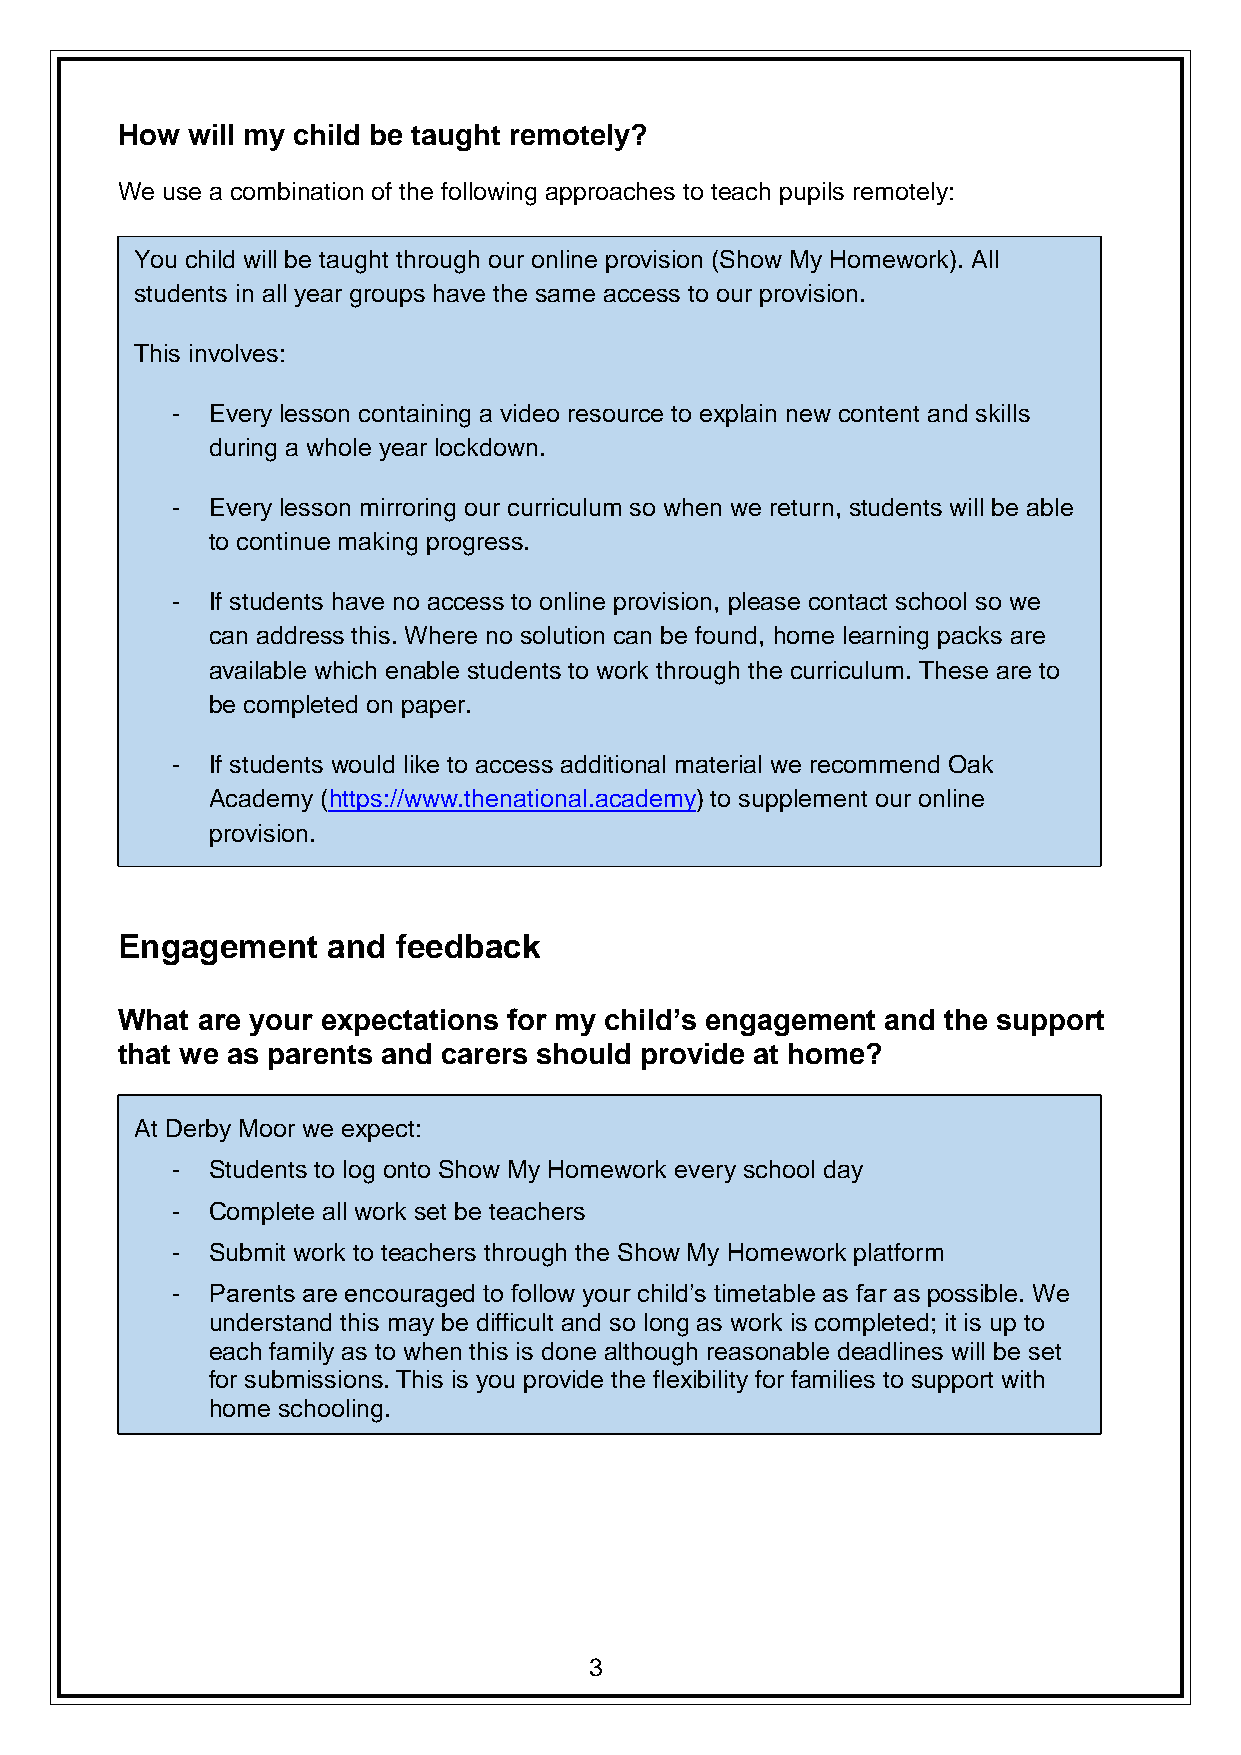
How will my child be taught remotely?
 We use a combination of the following approaches to teach pupils remotely:
 You child will be taught through our online provision (Show My Homework). All
 students in all year groups have the same access to our provision.
 This involves:
 -  Every lesson containing a video resource to explain new content and skills
 during a whole year lockdown.
 -  Every lesson mirroring our curriculum so when we return, students will be able
 to continue making progress.
 -  If students have no access to online provision, please contact school so we
 can address this. Where no solution can be found, home learning packs are
 available which enable students to work through the curriculum. These are to
 be completed on paper.
 -  If students would like to access additional material we recommend Oak
 Academy (https://www.thenational.academy) to supplement our online
 provision.
 Engagement    and feedback
 What are your expectations for my child’s engagement and the support
 that we as parents and carers should provide at home?
 At Derby Moor we expect:
 -  Students to log onto Show My Homework every school day
 -  Complete all work set be teachers
 -  Submit work to teachers through the Show My Homework platform
 -  Parents are encouraged to follow your child’s timetable as far as possible. We
 understand this may be difficult and so long as work is completed; it is up to
 each family as to when this is done although reasonable deadlines will be set
 for submissions. This is you provide the flexibility for families to support with
 home schooling.
 3